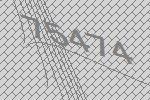
75474